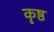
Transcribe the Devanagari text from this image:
कृष्ठ